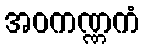
အဝကဏ္ဏကံ